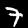
Digit: 7